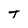
Character: t